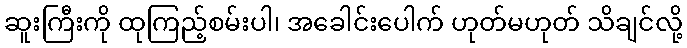
ဆူးကြီးကို ထုကြည့်စမ်းပါ၊ အခေါင်းပေါက် ဟုတ်မဟုတ် သိချင်လို့